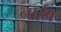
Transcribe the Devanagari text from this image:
नाईव